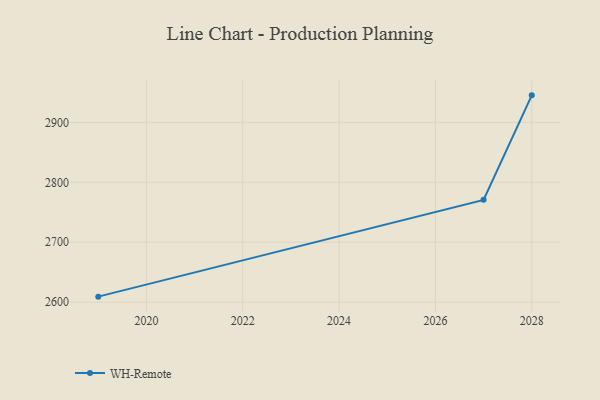
{"axis": {"x": "Year", "y": "Demand Index"}, "legend": ["WH-Remote"], "data": [{"x": "2019", "y": 2609.2, "type": "WH-Remote"}, {"x": "2027", "y": 2770.7, "type": "WH-Remote"}, {"x": "2028", "y": 2945.1, "type": "WH-Remote"}]}